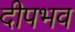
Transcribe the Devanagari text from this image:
दीपभव